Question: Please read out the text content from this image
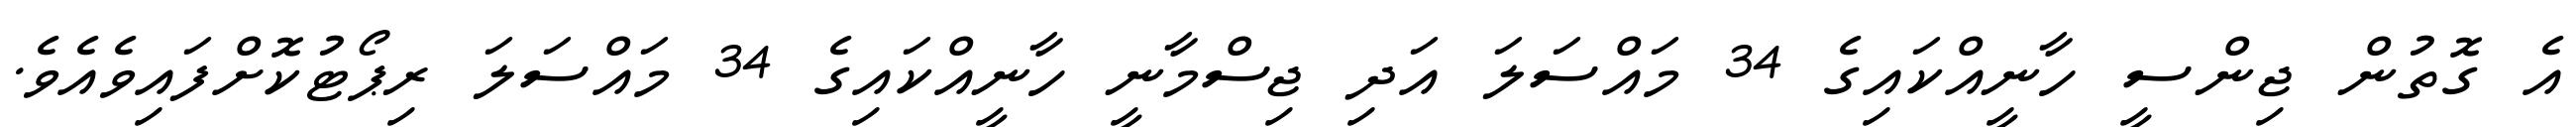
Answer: އެ ގޮތުން ޖިންސީ ހާނީއްކައިގެ 34 މައްސަލަ އަދި ޖިސްމާނީ ހާނީއްކައިގެ 34 މައްސަލަ ރިޕޯޓުކޮށްފައިވެއެވެ.